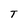
Character: T